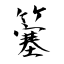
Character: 簺